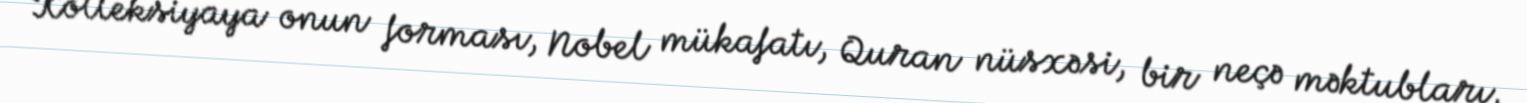
Kolleksiyaya onun forması, Nobel mükafatı, Quran nüsxəsi, bir neçə məktubları,